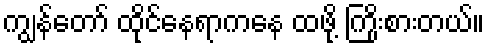
ကျွန်တော် ထိုင်နေရာကနေ ထဖို့ ကြိုးစားတယ်။